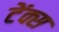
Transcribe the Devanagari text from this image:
टेंक्स